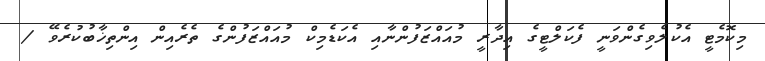
މިކޮމެޓީ އެކުލެވިގެންވަނީ ފެކަލްޓީގެ އިދާރީ މުއައްޒަފުންނާއި އެކަޑެމިކް މުއައްޒަފުންގެ ތެރެއިން އިންތިޚާބުކުރެވޭ /